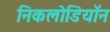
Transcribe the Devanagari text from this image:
निकलोडियॉन